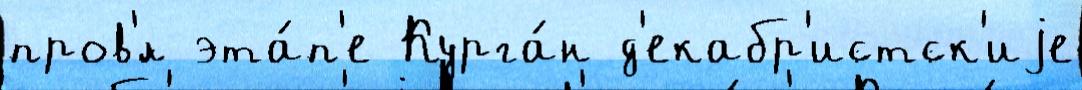
пров'́л эта́п'е Курга́н д'екабр'истск'иjе